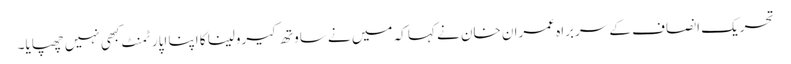
تحریک انصاف کے سربراہ عمران خان نے کہا کہ میں نے ساوتھ کیرولینا کا اپنا اپارٹمنٹ کبھی نہیں چھپایا۔